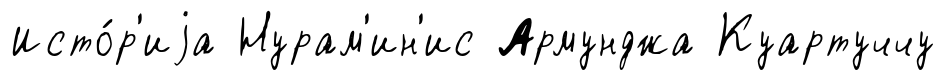
Исто́р'иjа Нурам'ин'ис Армунджа Куартуччу